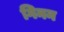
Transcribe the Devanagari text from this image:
गिनन